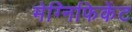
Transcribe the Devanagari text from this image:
मेग्निफिकेंट